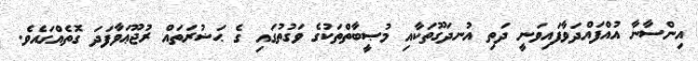
އިންސާނާ އުއްފައްދަވާފައިވަނީ ދަތި އުނދަގޫތަކާއި މުޞީބާތްތަކުގެ ވަގުތުގައި ގެ ޙަޟުރަތައް ރުޖޫޢަވާފަދަ ގޮތެއްގައެވެ.